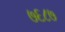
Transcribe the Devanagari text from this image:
७६८७